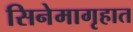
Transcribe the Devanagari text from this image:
सिनेमागृहात